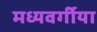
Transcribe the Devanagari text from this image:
मध्यवर्गीया